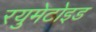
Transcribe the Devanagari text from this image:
रयुमेटोइड